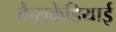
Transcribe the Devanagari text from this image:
कैसकेडियाई